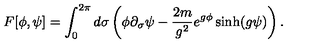
F [ \phi , \psi ] = \int _ { 0 } ^ { 2 \pi } d \sigma \left( \phi \partial _ { \sigma } \psi - { \frac { 2 m } { g ^ { 2 } } } e ^ { g \phi } \sinh ( g \psi ) \right) .